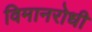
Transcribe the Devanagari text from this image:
विमानरोधी